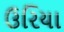
ઉરિયા